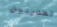
المدربين